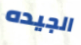
الجيده